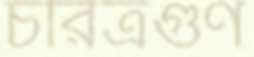
চরিত্রগুণ